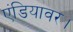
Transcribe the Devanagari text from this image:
एंडियावर।